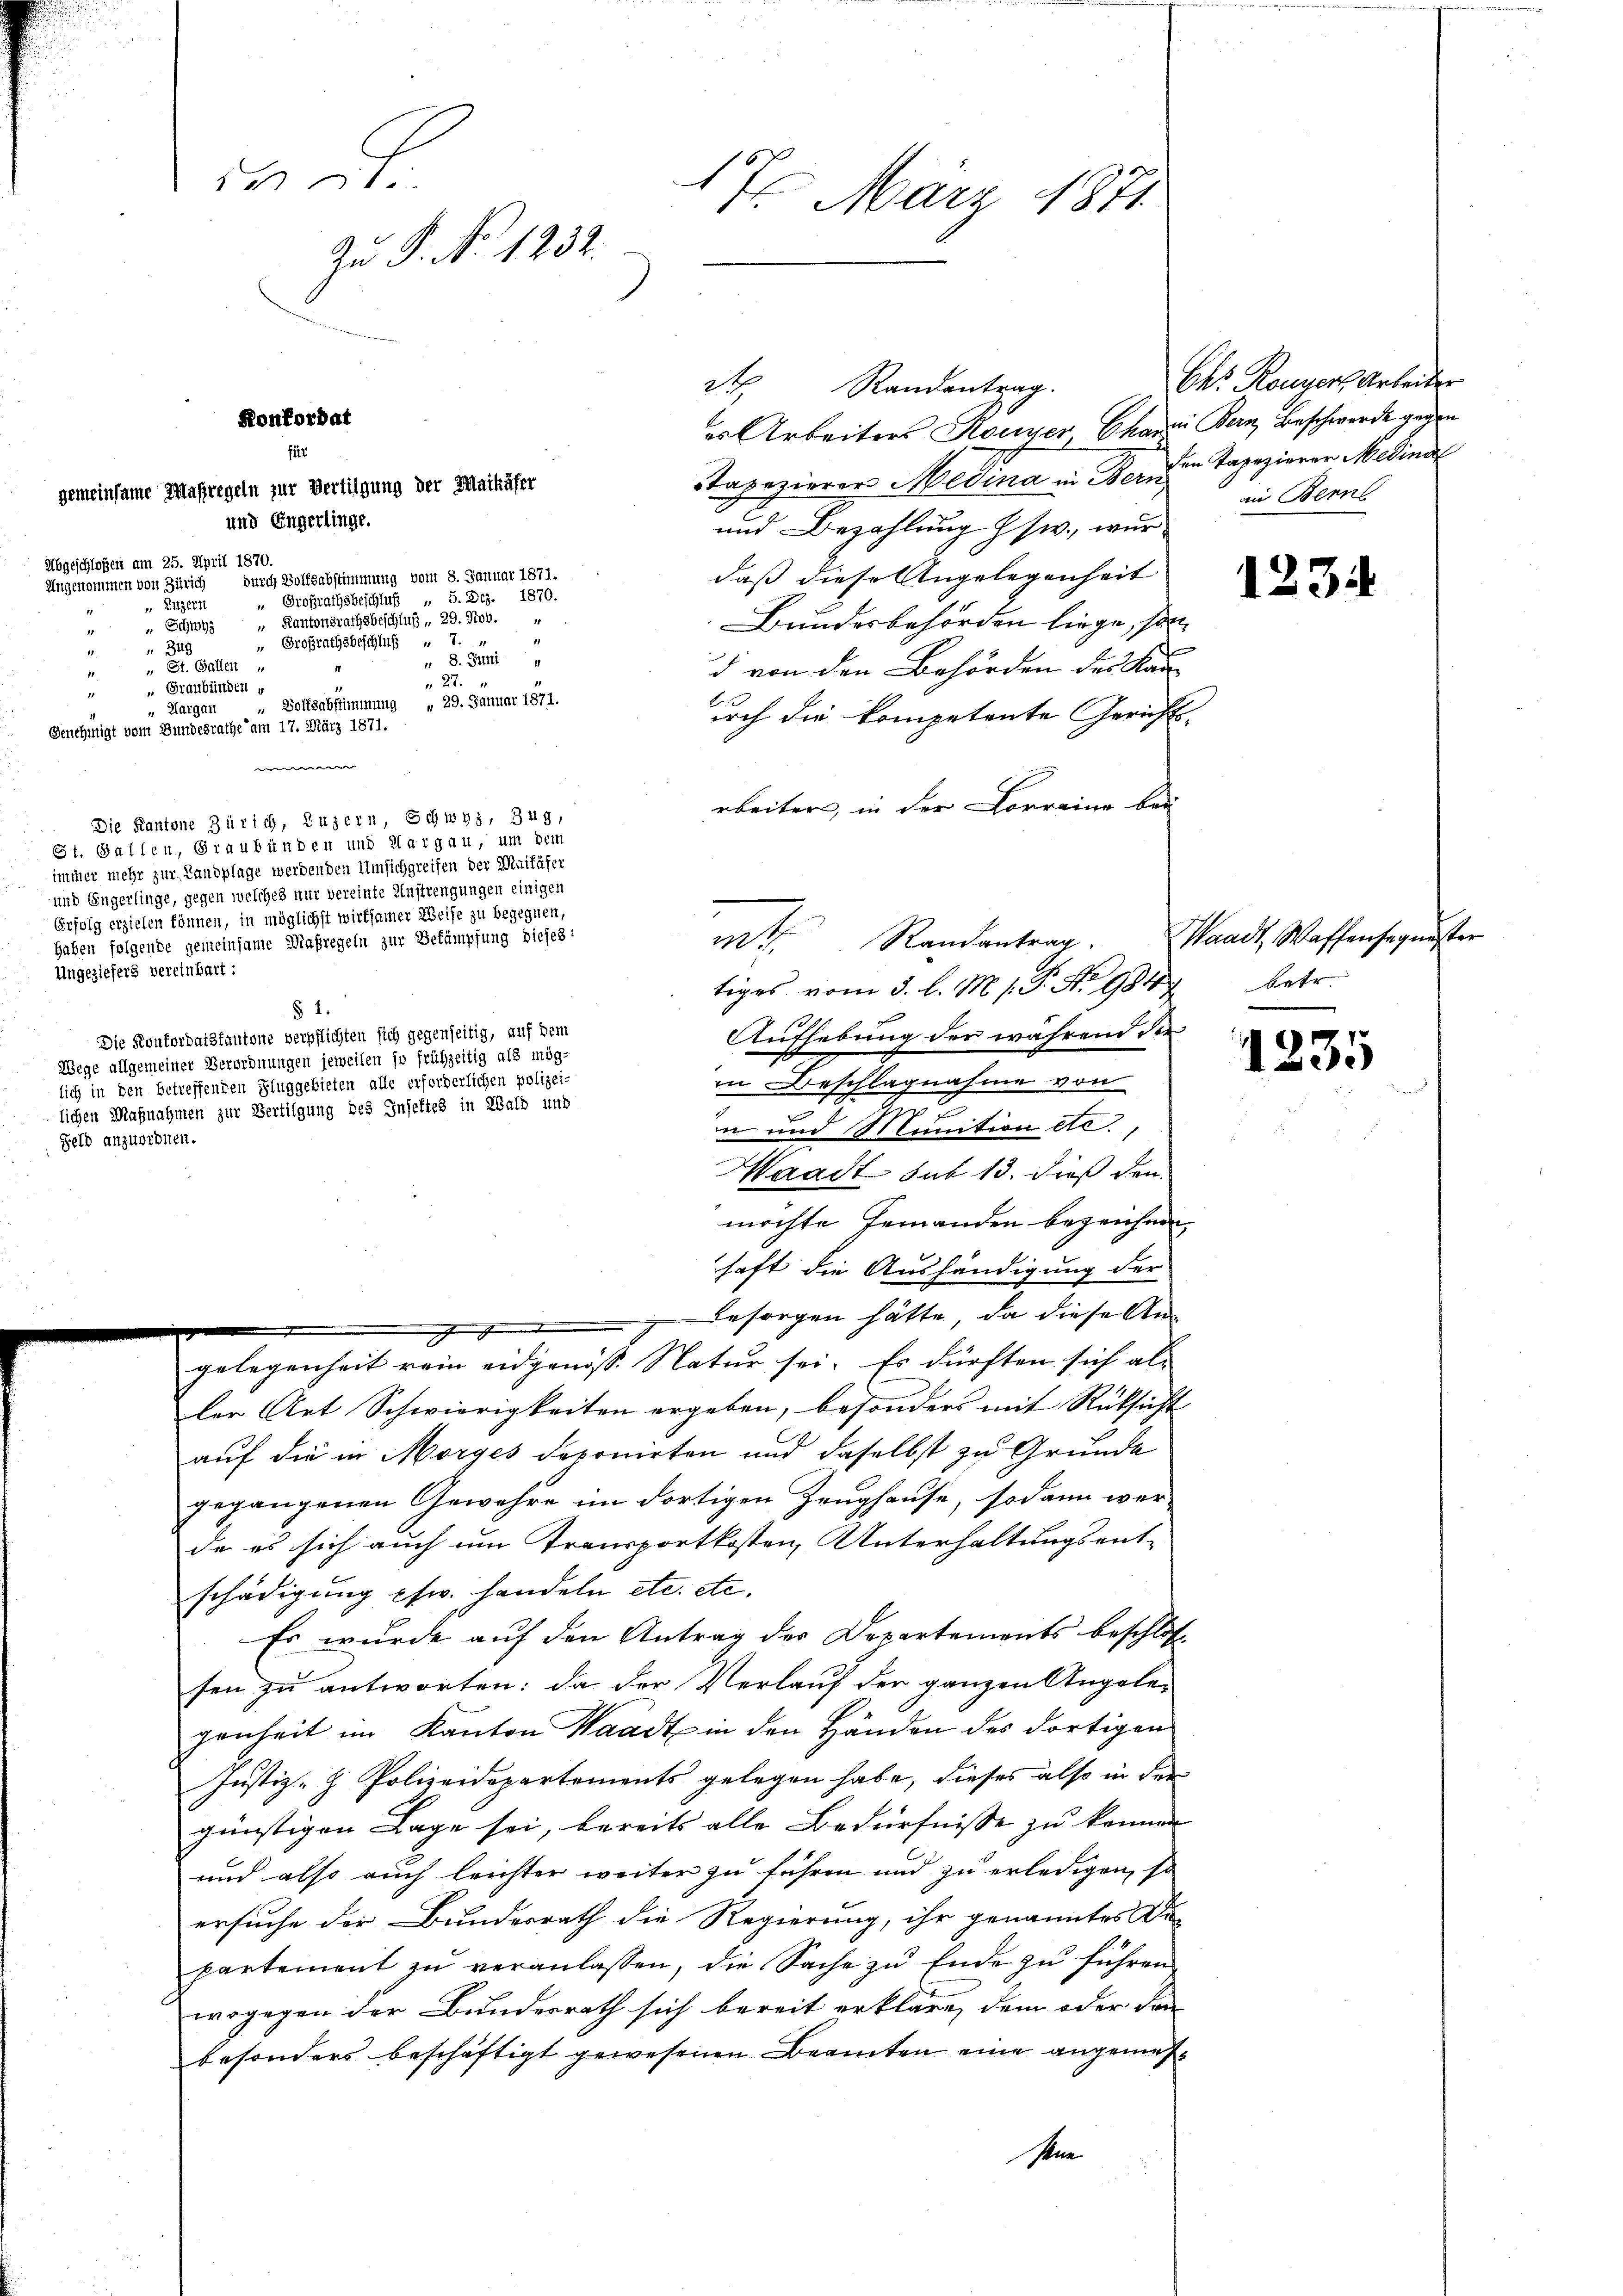
er Arbeiters Kouyer Charin Bern, Beschwerde gegen
Tapezierer Medina in Wer die Tapezierer Medind
und Bezahlung Gsw., wur
Abgeschloßen am 25. April 1870.
daß diese Angelegenheit
Ungenommen von Zürich durch Volksabstimmung vom 8. Januar 1871.
Großrathsbeschluß 5. Dez. 1870.
Eitzern
Bundesbehörden liege, son
1
34
 9. Seit
„ St. Gallen
d von den Behörden des Kan¬
 27.
r
"Volksabstimmung „ 29. Januar 1871.
Kargau
doch die kompetente Gerichts-
rbeiter, in der Forreine bei
Die Kantone Zürich, Luzern, Schwyz, Zug,
St. Gallen, Graubünden und Margau, um dem
immer mehr zur Landplage werdenden Umsich greifen der Maifäfer
und Engerlinge, gegen welches nur vereinte Anstrengungen einigen
Erfolg erzielen können, in möglichst wirksamer Weise zu begegnen,
n
haben folgende gemeinsame Maßregeln zur Bekämpfung dieses
m Randantrag
Ungeziehers vereinbart:
tiges vom 3. l. M. 1. P. Nr. 1847 betr.
§ 1.
Aufhebung der während der
Die Konfordatskantone verpflichten sich gegenseitig, auf dem
Wege allgemeiner Verordnungen jeweilen so frühzeitig als mög-
in Beschlagnahme von
lich in den betreffenden Fluggebieten alle erforderlichen polizei-
lichen Maßnahmen zur Bertilgung des Inseltes in Wald und
e
n und Munition etc.,
Feld anzuordnen.

Konkordat
für
gemeinsame Maßregeln zur Vertilgung der Maikäfer
und Engerlinge.

i

1
17. März 1871
Zu P. Nr. 1232.

Schwyz " Kantonsrathsbeschluß, 29. Nov.
 Großrathsbeschluß 7.
„ Graubünden u
Genehmigt vom Bundesrathe am 17. März 1871.
e

Waadt sub 13. dieß den
möchte Jemanden bezeichnen,
haft die Aushändigung der
  besorgen hätte, da diese Angelegenheit rein eidgenöss. Natur sei. Es dürften sich als
ler Art Schwierigkeiten ergeben, besonders mit Rücksicht
auf die in Morges deponirten und daselbst zu Grunde
gegangenen Gewähre im dortigen Zeughause, sodann wer-
de es sich auch um Transportkosten, Unterhaltungsent-
schädigung pfw. handeln etc. etc.
Es wurde auf den Antrag des Departements beschloss
sen zu antworten: da der Verlauf der ganzen Angele-
genheit im Kanton Waadt in den Händen des dortigen
Justiz- & Polizeidepartements gelegen habe, dieses also in der
günstigen Lage sei, bereits alle Bedürfnisse zu können
und also auch leichter weiter zu führen und zu erledigen, so
ersuche der Bundesrath die Regierung, ihr genanntes De
partement zu veranlassen, die Sache zu Ende zu führen
wogegen der Bundesrath sich bereit erkläre, dem oder den
besonders beschäftigt gewesenen Beamten eine angemessen

2t Randentrag.

Chr. Ronner Arbeiter
an Bern

1234

Waadt, Waffensequester

1235